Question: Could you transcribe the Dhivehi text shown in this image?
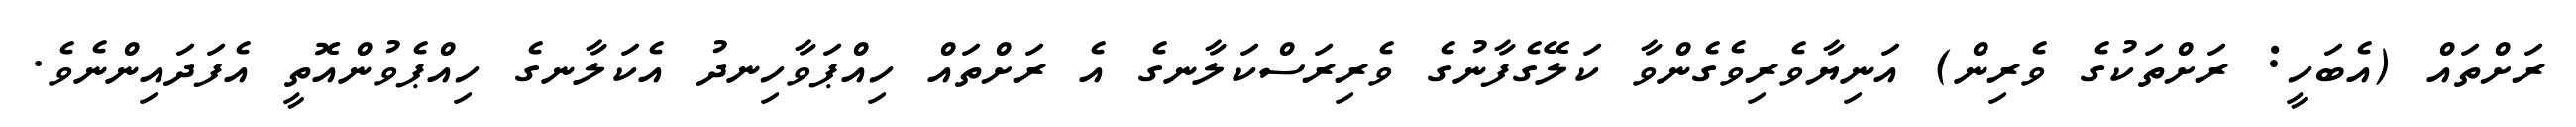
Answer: ރަށްތައް (އެބަހީ: ރަށްތަކުގެ ވެރިން) އަނިޔާވެރިވެގެންވާ ކަލޭގެފާނުގެ ވެރިރަސްކަލާނގެ އެ ރަށްތައް ހިއްޕަވާހިނދު އެކަލާނގެ ހިއްޕެވުންއޮތީ އެފަދައިންނެވެ.